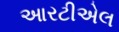
આરટીએલ